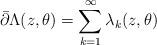
LaTeX: \begin{align*}\bar\partial \Lambda(z,\theta) =\sum^\infty_{k=1}\lambda_k(z,\theta)\end{align*}